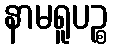
နာမရူပဉ္စ